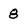
Character: 8